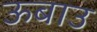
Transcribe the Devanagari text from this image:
ऊबाउ